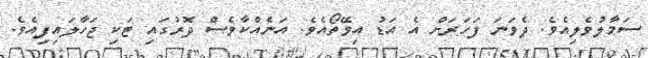
ސަމާލުވެލިއެވެ. ދެވަނަ ފަހަރަށް އެ އަޑު އިވޭތޯއެވެ. އަނެއްކާވެސް ދޮރުގައި ޓަކި ޖަހާލައިފިއެވެ.